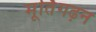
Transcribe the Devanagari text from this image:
मूर्तिगढ़न